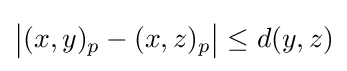
{\big |}(x,y)_{p}-(x,z)_{p}{\big |}\leq d(y,z)